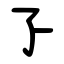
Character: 孒